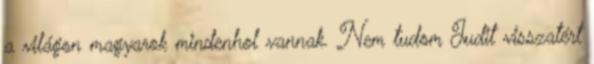
a világon magyarok mindenhol vannak. Nem tudom Judit visszatért